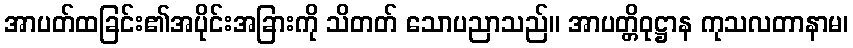
အာပတ်ထခြင်း၏အပိုင်းအခြားကို သိတတ် သောပညာသည်။ အာပတ္တိဝုဋ္ဌာန ကုသလတာနာမ၊